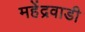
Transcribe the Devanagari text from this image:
महेंद्रवाडी